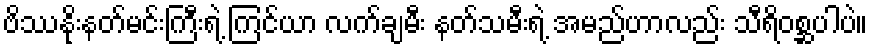
ဗိဿနိုးနတ်မင်းကြီးရဲ့ ကြင်ယာ လက်ချမီး နတ်သမီးရဲ့ အမည်ဟာလည်း သီရိဝစ္ဆပါပဲ။